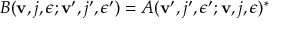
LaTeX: B ( { \bf v } , j , \epsilon ; { \bf v } ^ { \prime } , j ^ { \prime } , \epsilon ^ { \prime } ) = A ( { \bf v } ^ { \prime } , j ^ { \prime } , \epsilon ^ { \prime } ; { \bf v } , j , \epsilon ) ^ { * }